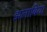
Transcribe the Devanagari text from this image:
झलाबिया